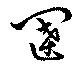
闥